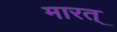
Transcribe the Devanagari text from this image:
मारत्